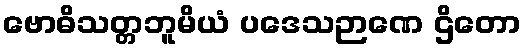
ဗောဓိသတ္တဘူမိယံ ပဒေသဉာဏေ ဌိတော